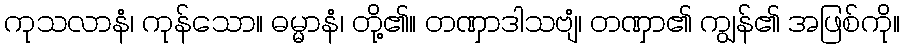
ကုသလာနံ၊ ကုန်သော။ ဓမ္မာနံ၊ တို့၏။ တဏှာဒါသဗျံ၊ တဏှာ၏ ကျွန်၏ အဖြစ်ကို။